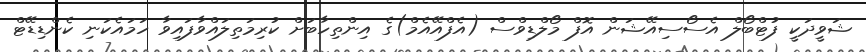
ޝަވީދަކީ ފުޓްބޯލް އެސޯސިއޭޝަން އޮފް މޯލްޑިވްސް (އެފްއޭއެމް)ގެ އިންތިހާބަށް ކުރިމަތިލައްވާފައިވާ ހަމައެކަނި ކެންޑިޑޭޓް